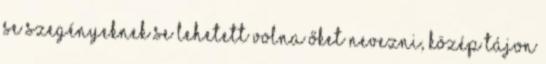
se szegényeknek se lehetett volna őket nevezni, közép tájon